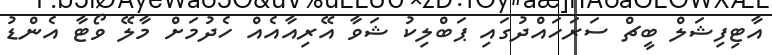
އާޓިފިޝަލް ބީޗް ސަރަހައްދުގައި ޕަބްލިކު ޝަވާ އޭރިއާއެއް ހެދުމަށް މާލޭ ވޯޓާ އެންޑު